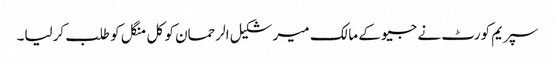
سپریم کورٹ نے جیو کے مالک میر شکیل الرحمان کو کل منگل کو طلب کرلیا۔